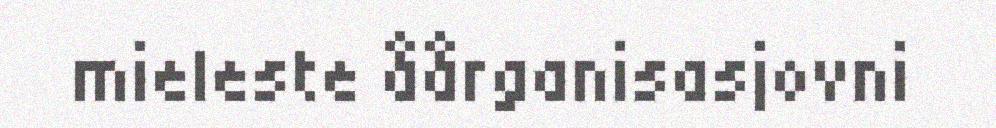
mieleste åårganisasjovni